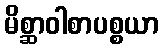
မိစ္ဆာဝါစာပစ္စယာ